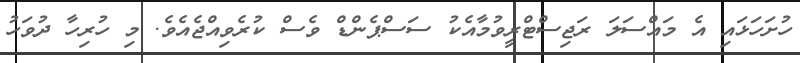
ހުށަހަޅައި އެ މައްސަލަ ރަޖިސްޓްރީވުމާއެކު ސަސްޕެންޑް ވެސް ކުރެވިއްޖެއެވެ. މި ހުރިހާ ދުވަހު